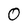
Character: 0